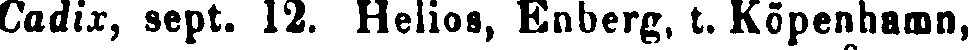
Cadix, sept. 12. Helios, Enberg, t. Köpenhamn,